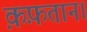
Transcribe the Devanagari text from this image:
क़फ़तान।